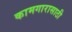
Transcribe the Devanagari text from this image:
कामगारासाठी